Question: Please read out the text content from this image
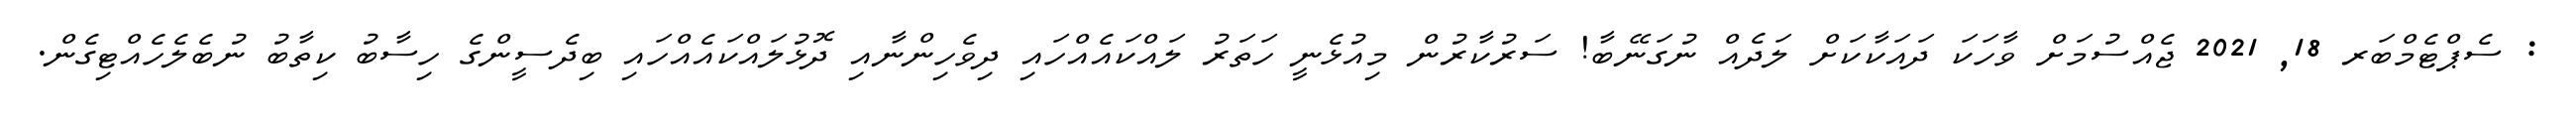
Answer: : ސެޕްޓެމްބަރ 18, 2021 ޖެއްސުމަށް ވާހަކަ ދައަކާކަށް ލަދެއް ނުގަނޭބާ! ސަރުކާރުން މިއުޅެނީ ހަތަރު ލައްކައެއްހައި ދިވެހިންނާއި ދޮޅުލައްކައެއްހައި ބިދެސީންގެ ހިސާބު ކިތާބު ނުބެލެހެއްޓިގެން.